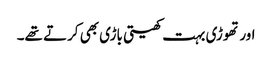
اور تھوڑی بہت کھیتی باڑی بھی کرتے تھے۔